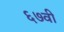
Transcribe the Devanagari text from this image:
६७वी